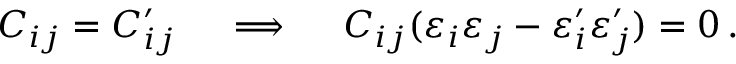
C _ { i j } = C _ { i j } ^ { \prime } \quad \implies \quad C _ { i j } ( \varepsilon _ { i } \varepsilon _ { j } - \varepsilon _ { i } ^ { \prime } \varepsilon _ { j } ^ { \prime } ) = 0 \, .